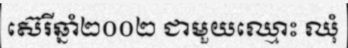
ស៊េរីឆ្នាំ២០០២ ជាមួយឈ្មោះ ឈុំ